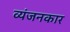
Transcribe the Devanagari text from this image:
व्यंजनकार